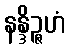
နန္ဒိဉ္ဇဟံ